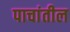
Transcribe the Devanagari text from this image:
पाचांतील